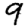
Digit: 9